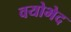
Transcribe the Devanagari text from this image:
वयोभेद